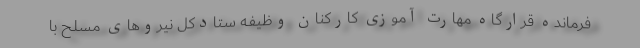
فرمانده قرارگاه مهارت آموزی کارکنان وظیفه ستادکل نیرو‌های مسلح با